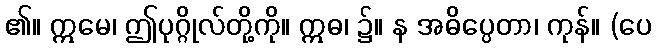
၏။ ဣမေ၊ ဤပုဂ္ဂိုလ်တို့ကို။ ဣဓ၊ ၌။ န အဓိပ္ပေတာ၊ ကုန်။ (ပေ